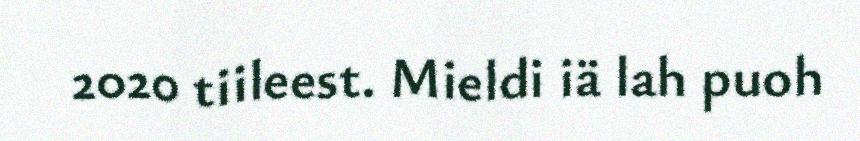
2020 tiileest. Mieldi iä lah puoh